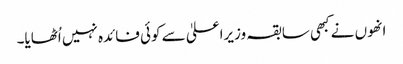
انھوں نے کبھی سابقہ وزیراعلیٰ سے کوئی فائدہ نہیں اُٹھایا۔